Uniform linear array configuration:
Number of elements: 32
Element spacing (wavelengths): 0.5
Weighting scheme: kaiser
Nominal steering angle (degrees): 0
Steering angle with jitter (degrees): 0.803
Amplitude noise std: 0.05
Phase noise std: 0.05

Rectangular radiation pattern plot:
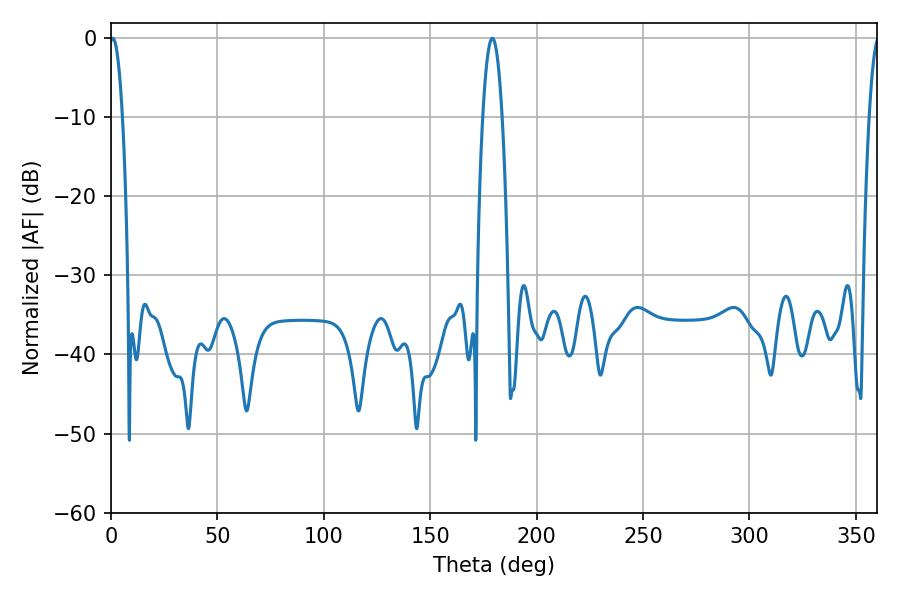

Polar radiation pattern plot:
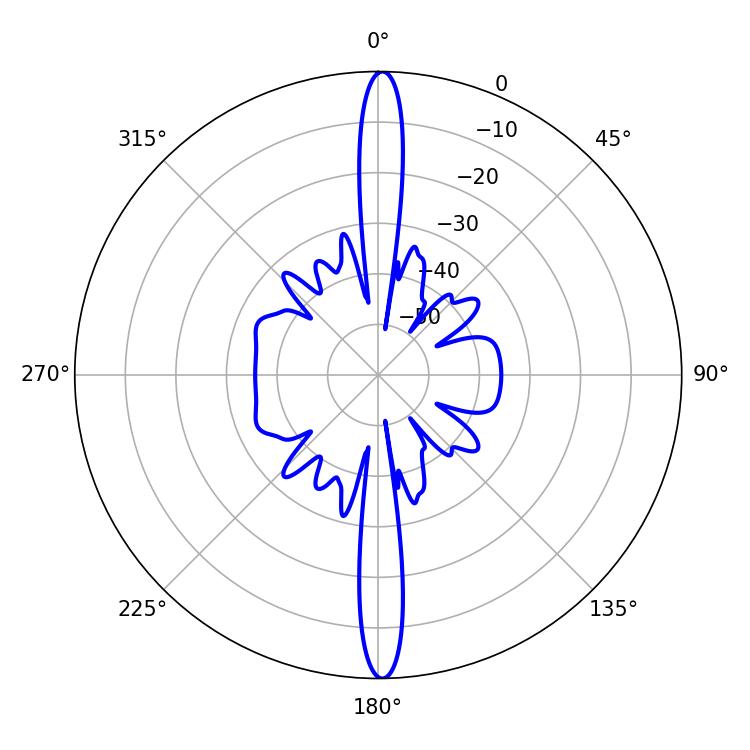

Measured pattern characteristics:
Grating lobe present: FALSE
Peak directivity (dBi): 29.171
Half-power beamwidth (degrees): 3.24
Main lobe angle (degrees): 0.72